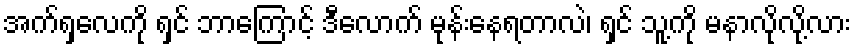
အက်ရှလေကို ရှင် ဘာကြောင့် ဒီလောက် မုန်းနေရတာလဲ၊ ရှင် သူ့ကို မနာလိုလို့လား